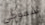
سموكي